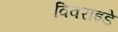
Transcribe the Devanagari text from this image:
विवराइडे